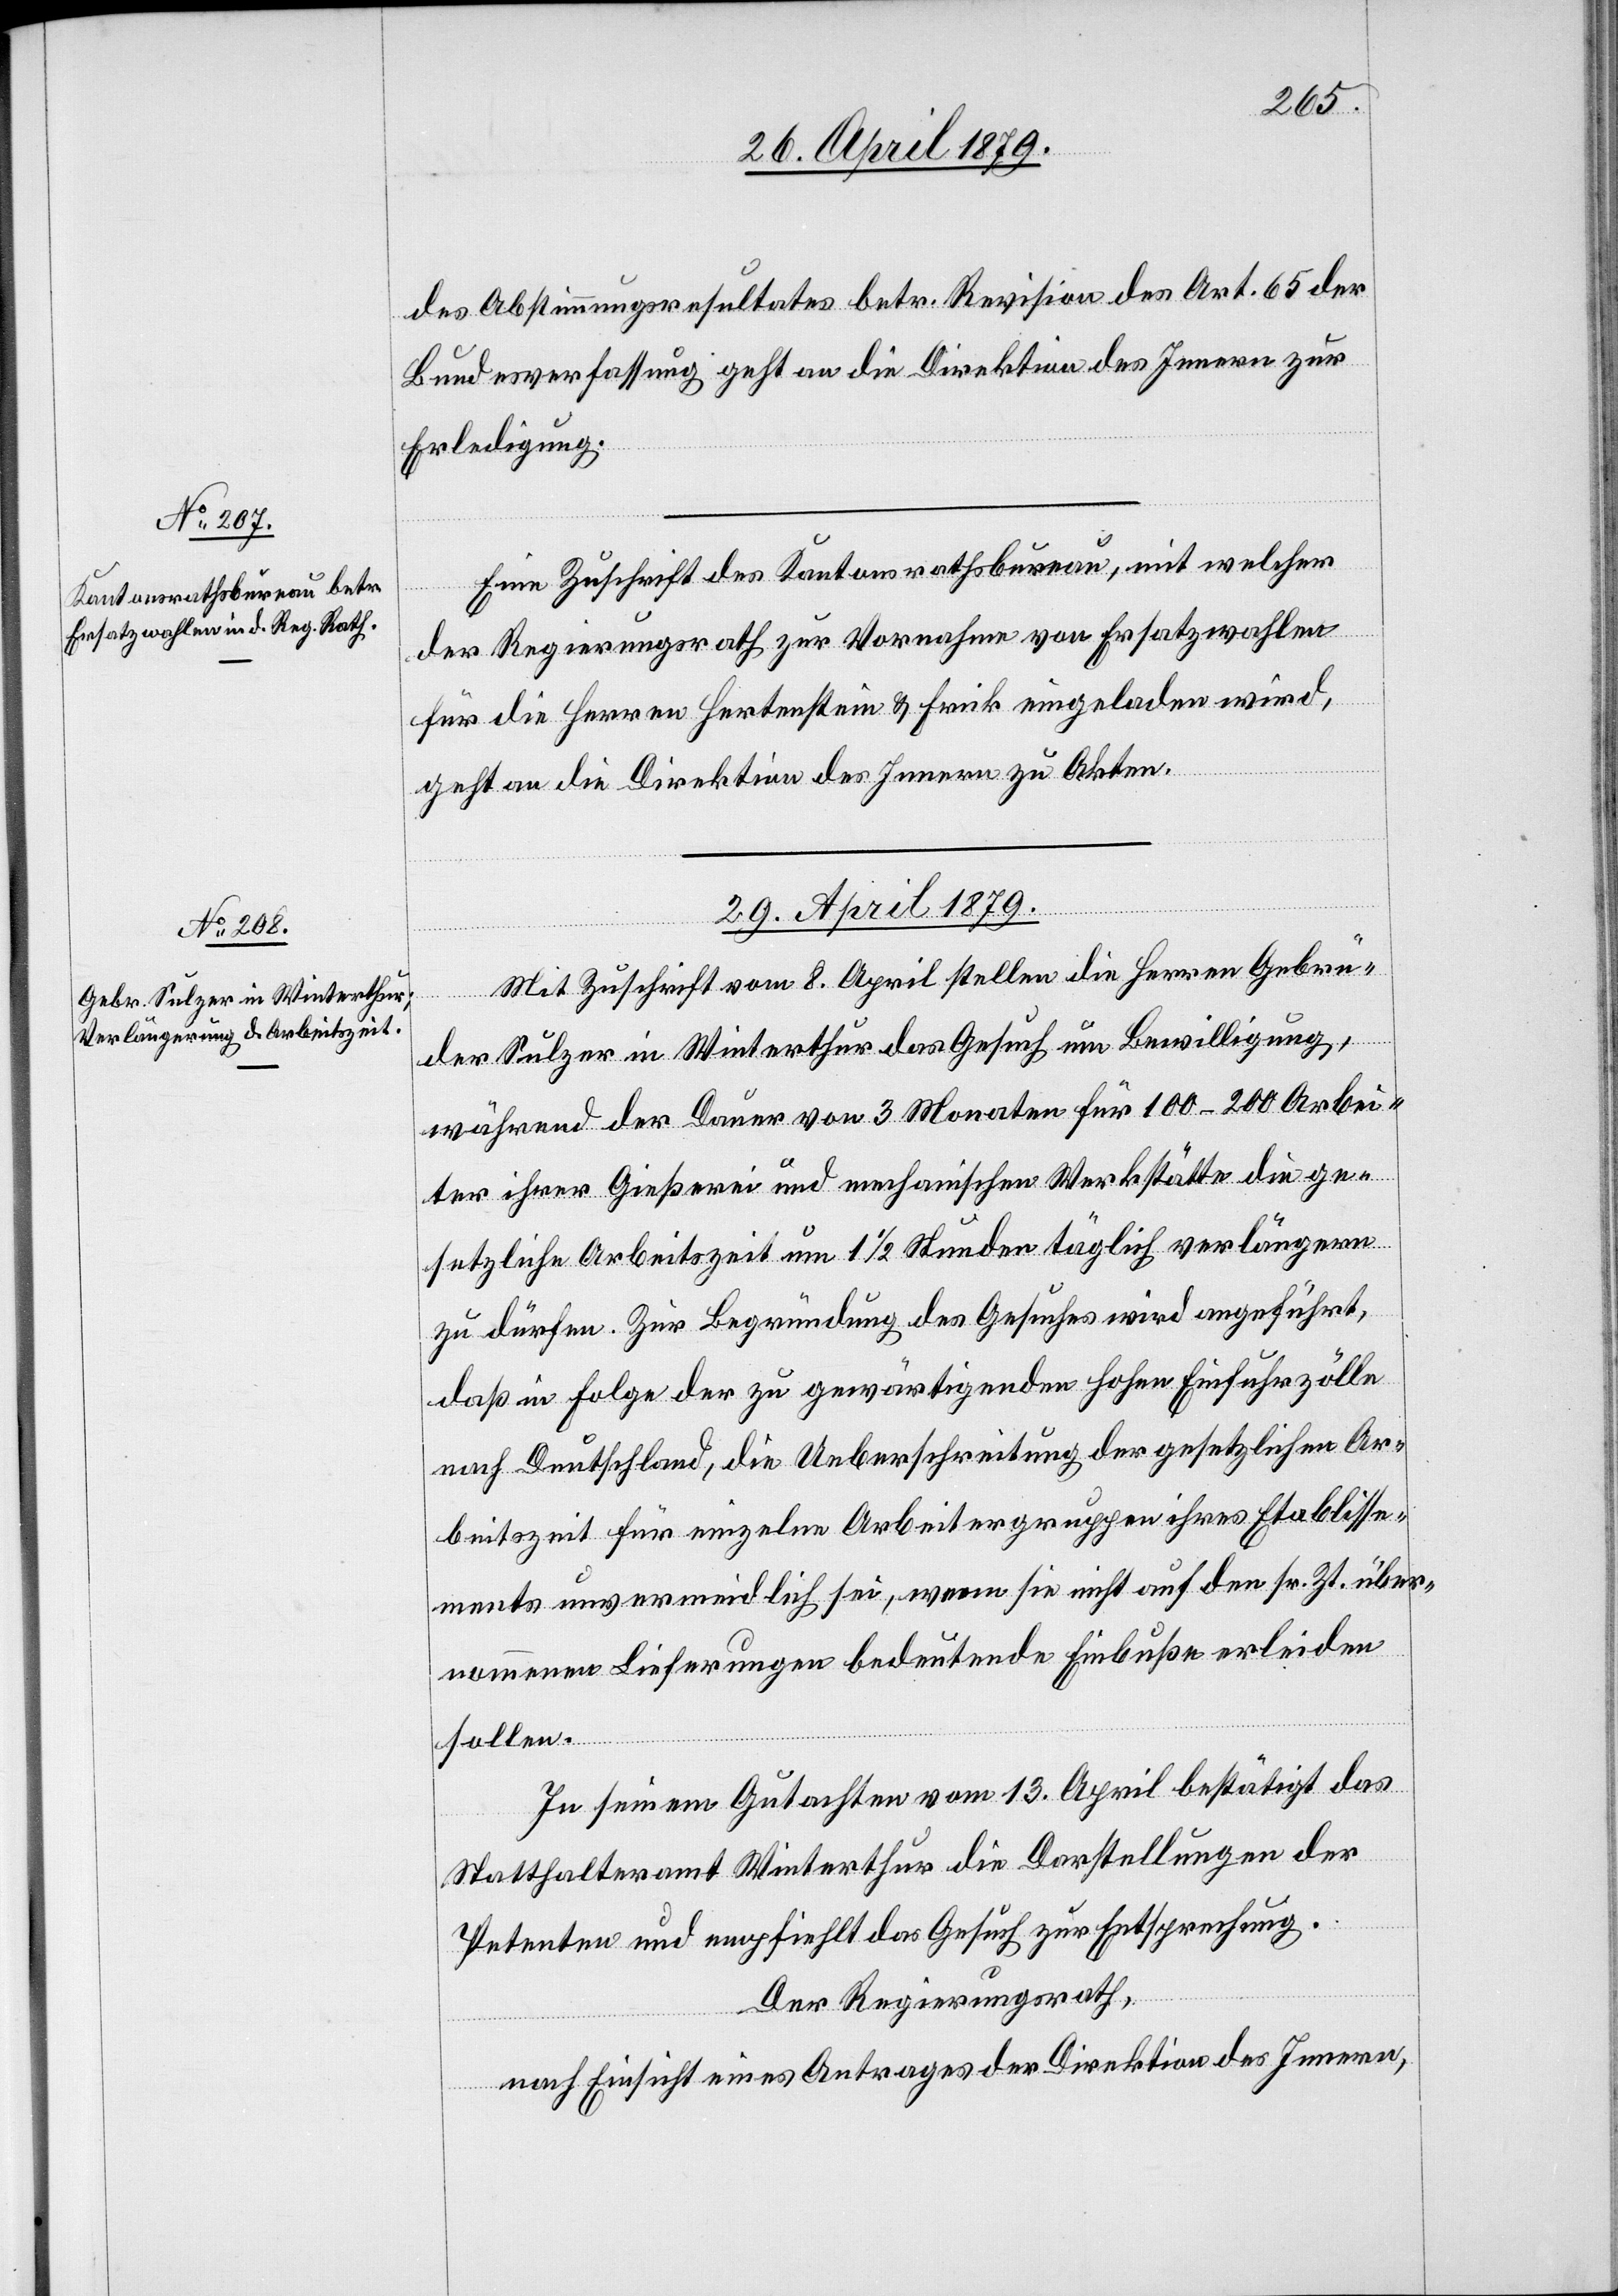
28. April 1879.]
des Abstimmungsresultates betr. Revision des Art. 65 der
Bundesverfassung geht an die Direktion des Innern zur
Erledigung.
Eine Zuschrift des Kantonsrathsbureau, mit welcher
der Regierungsrath zur Vornahme von Ersatzwahlen
für die Herren Hertenstein & Frick eingeladen wird,
geht an die Direktion des Innern zu Akten.
29. April 1879.
Mit Zuschrift vom 8. April stellen die Herren Gebrü¬
der Sulzer in Winterthur das Gesuch um Bewilligung,
während der Dauer von 3 Monaten für 100–200 Arbei¬
ter ihrer Gießerei und mechanischen Werkstätte die ge¬
setzliche Arbeitszeit um 1 1/2 Stunden täglich verlängern
zu dürfen. Zur Begründung des Gesuches wird angeführt,
daß in Folge der zu gewärtigenden hohen Einfuhrzölle
nach Deutschland, die Ueberschreitung der gesetzlichen Ar¬
beitszeit für einzelne Arbeitergruppen ihres Etablisse¬
ments unvermeidlich sei, wenn sie nicht auf den sr. Zt. über¬
nommenen Lieferungen bedeutende Einbuße erleiden
sollen.
In seinem Gutachten vom 13. April bestätigt das
Statthalteramt Winterthur die Darstellungen der
Petenten und empfiehlt das Gesuch zur Entsprechung.
Der Regierungsrath,
nach Einsicht eines Antrages der Direktion des Innern,